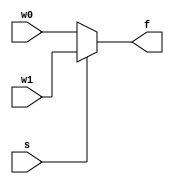
  
`timescale 1ns / 1ps
//////////////////////////////////////////////////////////////////////////////////
// Company: 
// Engineer: 
// 
// Design Name: 
// Module Name: mux_2x1_nbit
// Project Name: 
// Target Devices: 
// Tool Versions: 
// Description: 
// 
// Dependencies: 
// 
// Revision:
// Revision 0.01 - File Created
// Additional Comments:
// 
//////////////////////////////////////////////////////////////////////////////////


module mux_2x1_nbit
    #(parameter N = 3)(
    input [N - 1: 0] w0, w1,
    input s,
    output [N - 1: 0] f
    );
    
    assign f = s ? w1 : w0;
endmodule